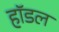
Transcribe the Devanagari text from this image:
हॉडल